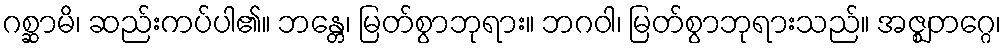
ဂစ္ဆာမိ၊ ဆည်းကပ်ပါ၏။ ဘန္တေ၊ မြတ်စွာဘုရား။ ဘဂဝါ၊ မြတ်စွာဘုရားသည်။ အဇ္ဈတဂ္ဂေ၊